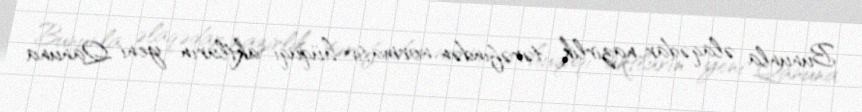
Bununla əlaqədar nazirlik tərəfindən normativ-hüquqi aktların yeni Qanuna